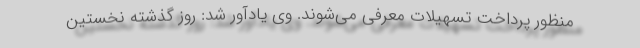
منظور پرداخت تسهیلات معرفی می‌شوند. وی یادآور شد: روز گذشته نخستین